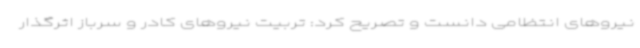
نیروهای انتظامی دانست و تصریح کرد: تربیت نیروهای کادر و سرباز اثرگذار